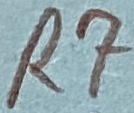
Text: R7